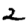
Digit: 2